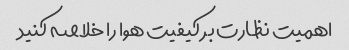
اهمیت نظارت بر کیفیت هوا را خلاصه کنید